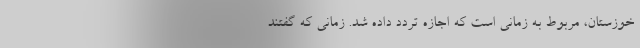
خوزستان، مربوط به زمانی است که اجازه تردد داده شد. زمانی که گفتند